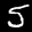
Label: 5